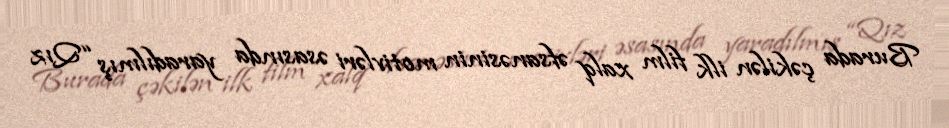
Burada çəkilən ilk film xalq əfsanəsinin motivləri əsasında yaradılmış “Qız